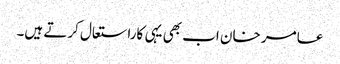
عامر خان اب بھی یہی کاراستعال کرتے ہیں۔